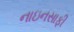
નાઇનસાફી